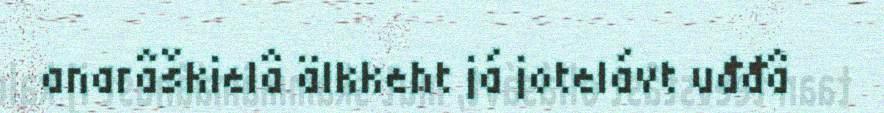
anarâškielâ älkkeht já jotelávt uđđâ